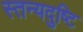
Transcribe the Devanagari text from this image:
स्तन्यदुष्टि